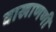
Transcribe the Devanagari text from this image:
वाखाणणी